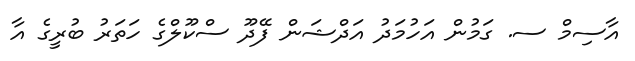
އާސިމް ސ. ގަމުން އަހުމަދު އަދްޝަން ފޭދޫ ސްކޫލްގެ ހަތަރު ބުރީގެ އާ